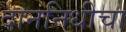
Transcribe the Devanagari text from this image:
दाननिधीचा